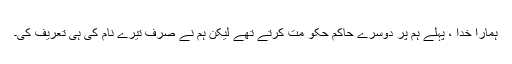
ہمارا خدا ، پہلے ہم پر دوسرے حاکم حکو مت کرتے تھے لیکن ہم نے صرف تیرے نام کی ہی تعریف کی۔